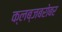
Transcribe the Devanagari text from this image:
क्लब्जबरोबर